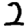
Digit: 2